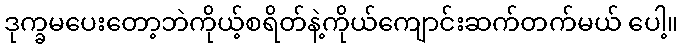
ဒုက္ခမပေးတော့ဘဲကိုယ့်စရိတ်နဲ့ကိုယ်ကျောင်းဆက်တက်မယ် ပေါ့။